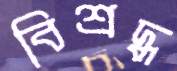
বিশ্রদ্ধ